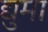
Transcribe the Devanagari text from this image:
द्युमा